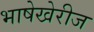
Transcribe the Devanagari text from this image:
भाषेखेरीज